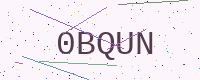
Text: 0BQUN